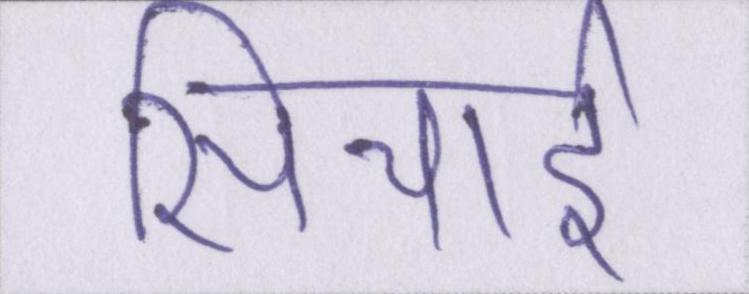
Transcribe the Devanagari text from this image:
सिचाई